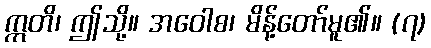
ဣတိ၊ ဤသို့။ အဝေါစ၊ မိန့်တော်မူ၏။ (၇)